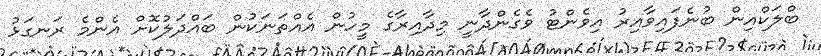
ބްލަކްއިން ބުނެފައިވާއިރު އިވެންޓު ވެގެންދާނީ މިދާއިރާގެ މީހުން އެއްތަނަކުން ބައްދަލުކޮށް އެންމެ ރަނގަޅު